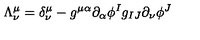
\Lambda _ { \nu } ^ { \mu } = \delta _ { \nu } ^ { \mu } - g ^ { \mu \alpha } \partial _ { \alpha } \phi ^ { I } g _ { I J } \partial _ { \nu } \phi ^ { J }